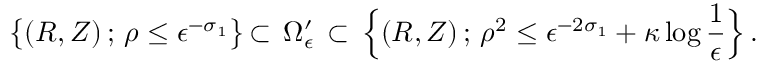
\bigl \{ ( R , Z ) \, ; \, \rho \le \epsilon ^ { - \sigma _ { 1 } } \bigl \} \, \subset \, \Omega _ { \epsilon } ^ { \prime } \, \subset \, \Bigl \{ ( R , Z ) \, ; \, \rho ^ { 2 } \le \epsilon ^ { - 2 \sigma _ { 1 } } + \kappa \log \frac { 1 } { \epsilon } \Bigl \} \, .